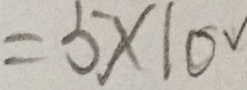
= 5 \times 1 0